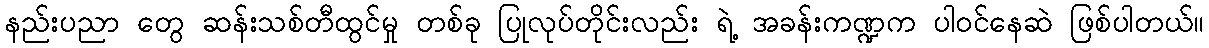
နည်းပညာ တွေ ဆန်းသစ်တီထွင်မှု တစ်ခု ပြုလုပ်တိုင်းလည်း ရဲ့ အခန်းကဏ္ဍက ပါဝင်နေဆဲ ဖြစ်ပါတယ်။